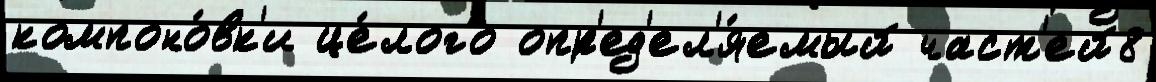
компоно́вк'и це́лого опр'ед'ел'я́емый част'ей8